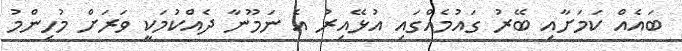
ބައެއް ކަމަށާއި ބޭރު ގައުމެއްގައި އުޅޭއިރު އެ ނަމޫނާ ދެއްކުމަކީ ވަރަށް މުހިންމު